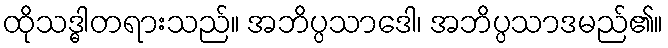
ထိုသဒ္ဓါတရားသည်။ အဘိပ္ပသာဒေါ၊ အဘိပ္ပသာဒမည်၏။